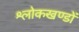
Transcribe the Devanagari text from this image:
श्लोकखण्डों